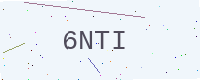
Text: 6NTI